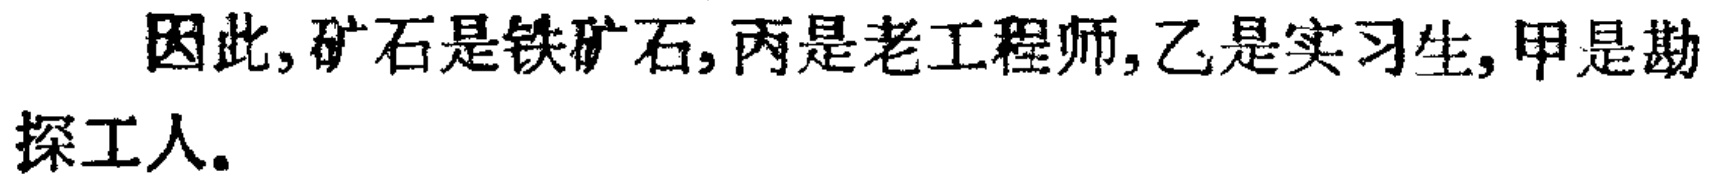
因此, 矿石是铁矿石, 丙是老工程师, 乙是实习生, 甲是勘探工人.